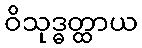
ဝိသုဒ္ဓတ္ထာယ